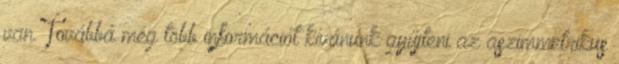
van. Továbbá még több információt kívánunk gyűjteni az aszimmetrikus